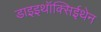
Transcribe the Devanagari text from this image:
डाइइथॉक्सिईथेन